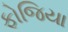
ફોજિયા